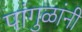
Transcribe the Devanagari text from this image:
पांगुळांनी